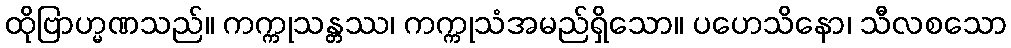
ထိုဗြာဟ္မဏသည်။ ကက္ကုသန္တဿ၊ ကက္ကုသံအမည်ရှိသော။ ပဟေသိနော၊ သီလစသော